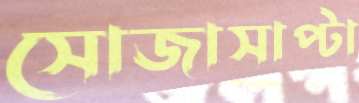
সোজাসাপ্টা